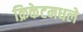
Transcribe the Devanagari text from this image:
क्रिकेटमधले